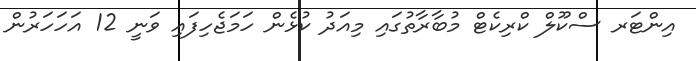
އިންޓަރ ސްކޫލް ކްރިކެޓް މުބާރާތުގައި މިއަދު ކުޅެން ހަމަޖެހިފައި ވަނީ 12 އަހަހަރުން